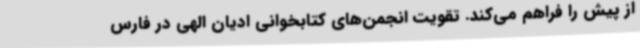
از پیش را فراهم می‌کند. تقویت انجمن‌های کتابخوانی ادیان الهی در فارس